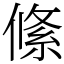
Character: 絛